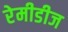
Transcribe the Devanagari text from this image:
रेमीडीज